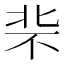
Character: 𪟪